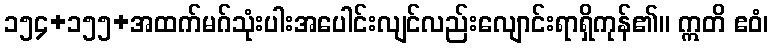
၁၅၄+၁၅၅+အထက်မဂ်သုံးပါးအပေါင်းလျင်လည်းလျောင်းရာရှိကုန်၏။ ဣတိ ဧဝံ၊